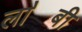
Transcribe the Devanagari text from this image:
ला॓बी